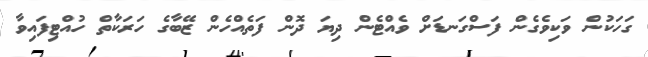
ގަހަކުން ވަކިވެގެން ފަސްގަނޑަށް ވެއްޓެން ދިޔަ ދޮން ފަތެއްހެން ޒޭބާގެ ހަރަކާތް ހުއްޓިފައިވާ